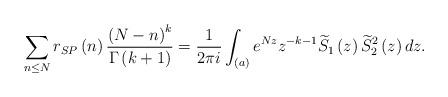
LaTeX: \begin{align*}\sum_{n\leq N}r_{SP}\left(n\right)\frac{\left(N-n\right)^{k}}{\Gamma\left(k+1\right)}=\frac{1}{2\pi i}\int_{\left(a\right)}e^{Nz}z^{-k-1}\widetilde{S}_{1}\left(z\right)\widetilde{S}_{2}^{2}\left(z\right)dz.\end{align*}